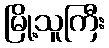
မြို့သူကြီး